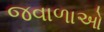
જવાળાઓ